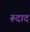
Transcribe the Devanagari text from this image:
रूदाद